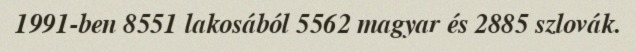
1991-ben 8551 lakosából 5562 magyar és 2885 szlovák.